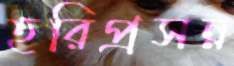
হরিপ্রসন্ন